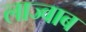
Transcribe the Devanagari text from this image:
लाज्वाब